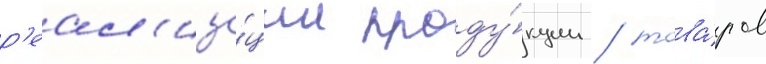
р'еал'иза́ции проду́кции / това́ров